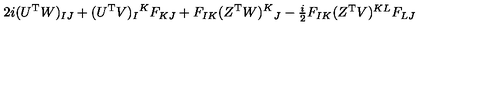
2 i ( U ^ { \mathrm { T } } W ) _ { I J } + ( U ^ { \mathrm { T } } V ) _ { I } { } ^ { K } F _ { K J } + F _ { I K } ( Z ^ { \mathrm { T } } W ) ^ { K } { } _ { J } - \textstyle { \frac { i } { 2 } } F _ { I K } ( Z ^ { \mathrm { T } } V ) ^ { K L } F _ { L J }